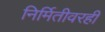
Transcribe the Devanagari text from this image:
निर्मितीवरही